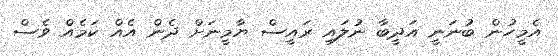
އެމީހުން ބުނަނީ އަދީބާ ނުލައި ރައީސް ޔާމީނަށް ދެން އެއް ކަމެއް ވެސް